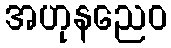
အဟုနညေဝ